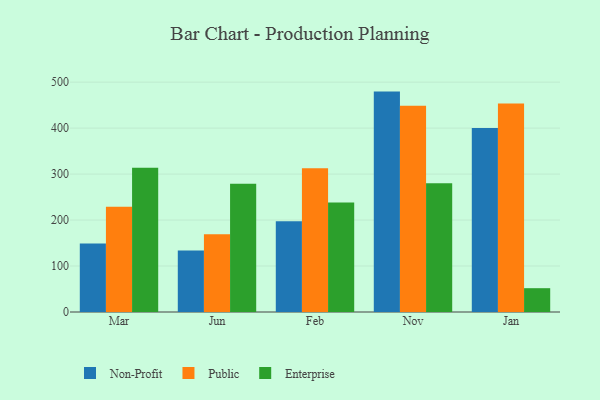
{"axis": {"x": "Month", "y": "Net Income (USD K)"}, "legend": ["Enterprise", "Non-Profit", "Public"], "data": [{"x": "Mar", "y": 149.1, "type": "Non-Profit"}, {"x": "Mar", "y": 228.8, "type": "Public"}, {"x": "Mar", "y": 313.6, "type": "Enterprise"}, {"x": "Jun", "y": 133.6, "type": "Non-Profit"}, {"x": "Jun", "y": 168.9, "type": "Public"}, {"x": "Jun", "y": 279.1, "type": "Enterprise"}, {"x": "Feb", "y": 197.3, "type": "Non-Profit"}, {"x": "Feb", "y": 312.8, "type": "Public"}, {"x": "Feb", "y": 238.0, "type": "Enterprise"}, {"x": "Nov", "y": 479.4, "type": "Non-Profit"}, {"x": "Nov", "y": 448.6, "type": "Public"}, {"x": "Nov", "y": 280.2, "type": "Enterprise"}, {"x": "Jan", "y": 400.3, "type": "Non-Profit"}, {"x": "Jan", "y": 453.5, "type": "Public"}, {"x": "Jan", "y": 51.8, "type": "Enterprise"}]}